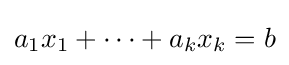
a_{1}x_{1}+\cdots +a_{k}x_{k}=b